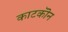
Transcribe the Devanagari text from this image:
काटकॊन